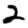
Digit: 2